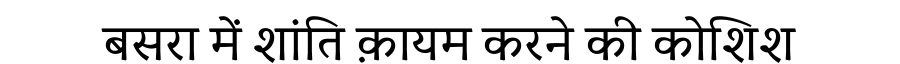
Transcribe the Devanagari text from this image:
बसरा में शांति क़ायम करने की कोशिश